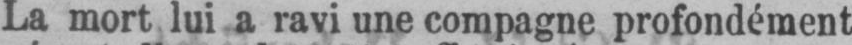
La mort lui a ravi une compagne profondément